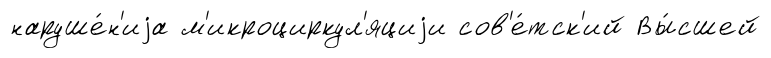
наруше́н'иjа м'икроциркул'яциjи сов'е́тск'ий Вы́сшей